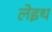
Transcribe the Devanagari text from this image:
लेइथ